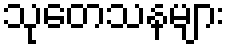
သုတေသနများ